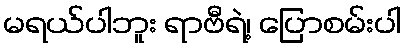
မရယ်ပါဘူး ရာဗီရဲ့၊ ပြောစမ်းပါ